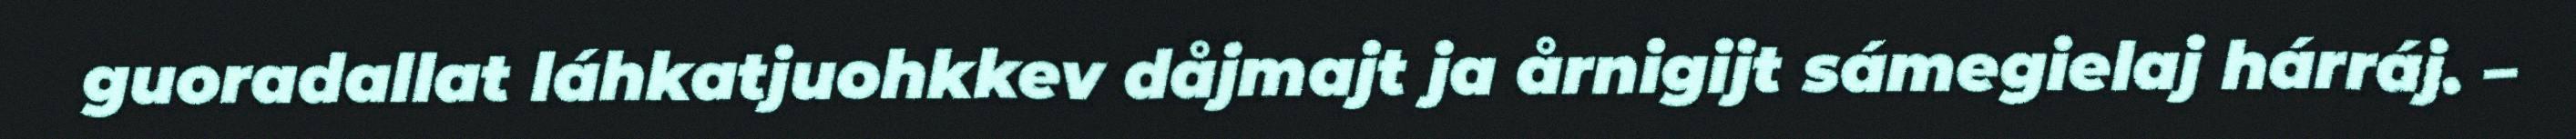
guoradallat láhkatjuohkkev dåjmajt ja årnigijt sámegielaj hárráj. –